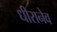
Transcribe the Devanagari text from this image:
धीरानेव